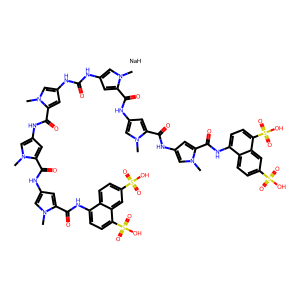
SMILES: Cn1cc(NC(=O)Nc2cc(C(=O)Nc3cc(C(=O)Nc4cc(C(=O)Nc5ccc(S(=O)(=O)O)c6cc(S(=O)(=O)O)ccc56)n(C)c4)n(C)c3)n(C)c2)cc1C(=O)Nc1cc(C(=O)Nc2cc(C(=O)Nc3ccc(S(=O)(=O)O)c4cc(S(=O)(=O)O)ccc34)n(C)c2)n(C)c1.[NaH]
Inhibits HIV replication: Yes